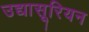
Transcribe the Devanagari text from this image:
उद्यासूरियन